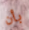
بأن